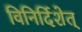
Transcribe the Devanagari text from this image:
विनिर्दिशेत्